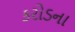
કરોડના